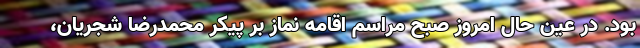
بود. در عین حال امروز صبح مراسم اقامه نماز بر پیکر محمدرضا شجریان،